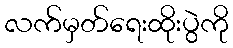
လက်မှတ်ရေးထိုးပွဲကို